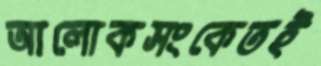
আলোকসংকেতই